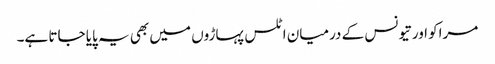
مراکو اور تیونس کے درمیان اٹلس پہاڑوں میں بھی یہ پایا جاتا ہے۔